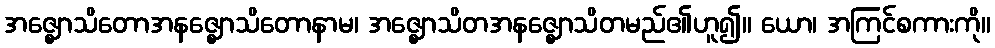
အဇ္ဈောသိတောအနဇ္ဈောသိတောနာမ၊ အဇ္ဈောသိတအနဇ္ဈောသိတမည်၏ဟူ၍။ ယော၊ အကြင်စကားကို။